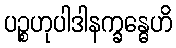
ပဉ္စဟုပါဒါနက္ခန္ဓေဟိ